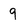
Character: 9